Rules regarding the measures to be adopted on the outbreak of cholera or appearance of small-pox
Disease focus: Cholera
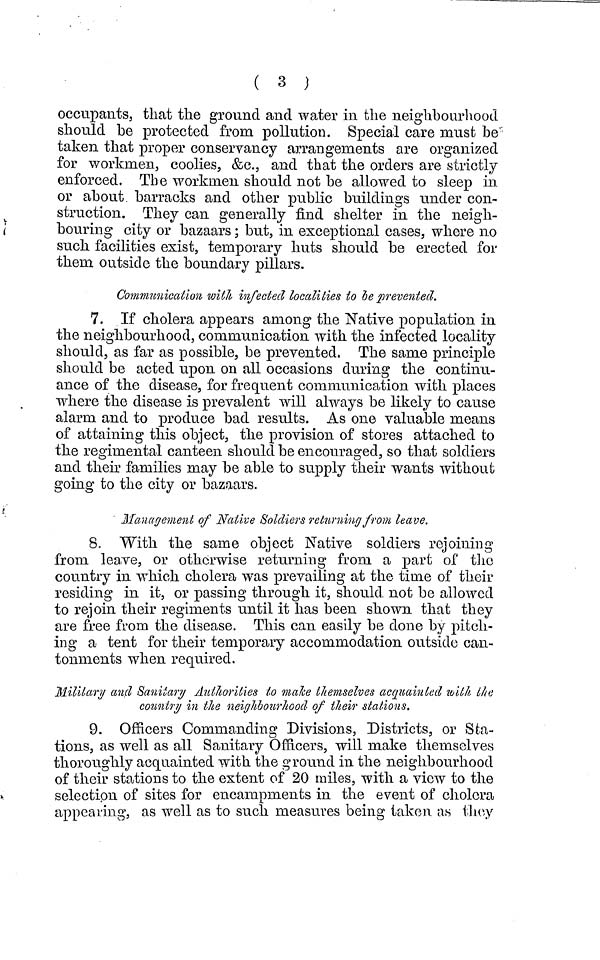
( 3 )
occupants, that the ground and water in the neighbourhood
should be protected from pollution. Special care must be
taken that proper conservancy arrangements are organized
for workmen, coolies, &c., and that the orders are strictly
enforced. The workmen should not be allowed to sleep in
or about barracks and other public buildings under con-
struction. They can generally find shelter in the neigh-
bouring city or bazaars ; but, in exceptional cases, where no
such facilities exist, temporary huts should be erected for
them outside the boundary pillars.
Communication with infected localities to be prevented.
7. If cholera appears among the Native population in
the neighbourhood, communication with the infected locality
should, as far as possible, be prevented. The same principle
should be acted upon on all occasions during the continu-
ance of the disease, for frequent communication with places
where the disease is prevalent will always be likely to cause
alarm and to produce bad results. As one valuable means
of attaining this object, the provision of stores attached to
the regimental canteen should be encouraged, so that soldiers
and their families may be able to supply their wants without
going to the city or bazaars.
Management of Native Soldiers returning from leave.
8 With the same object Native soldiers rejoining
from leave, or otherwise returning from a part of the
country in which cholera was prevailing at the time of their
residing in it, or passing through it, should not be allowed
to rejoin their regiments until it has been shown that they
are free from the disease. This can easily be done by pitch-
ing a tent for their temporary accommodation outside can-
tonments when required.
Military and Sanitary Authorities to make themselves acquainted with the
country in the neighbourhood of their stations.
9. Officers Commanding Divisions, Districts, or Sta-
tions, as well as all Sanitary Officers, will make themselves
thoroughly acquainted with the ground in the neighbourhood
of their stations to the extent of 20 miles, with a view to the
selection of sites for encampments in the event of cholera
appearing, as well as to such measures being taken as they